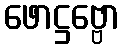
ဖောဋ္ဌဗ္ဗော